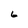
Character: 6